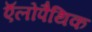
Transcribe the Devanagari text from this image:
ऍलोपैथिक